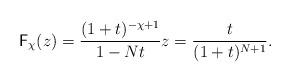
LaTeX: \begin{align*}\mathsf F_{\chi}(z)=\frac{(1+t)^{-\chi+1}}{1-Nt} z=\frac{t}{(1+t)^{N+1}}.\end{align*}